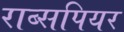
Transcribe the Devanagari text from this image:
राब्सपियर